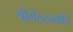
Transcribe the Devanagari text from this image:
श्रीमेरुस्वामींचे